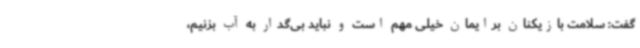
گفت: سلامت بازیکنان برایمان خیلی مهم است و نباید بی‌گدار به آب بزنیم،